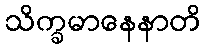
သိက္ခမာနေနာတိ